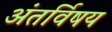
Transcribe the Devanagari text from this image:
अंतर्विषय